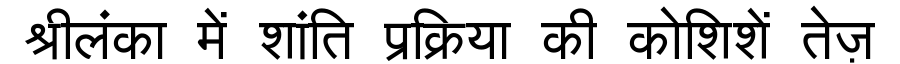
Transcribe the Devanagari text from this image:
श्रीलंका में शांति प्रक्रिया की कोशिशें तेज़